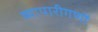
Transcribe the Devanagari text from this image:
व्यापारीगणों